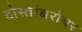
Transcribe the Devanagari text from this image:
दोस्तांबरोबर